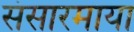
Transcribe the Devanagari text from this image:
संसारमाया